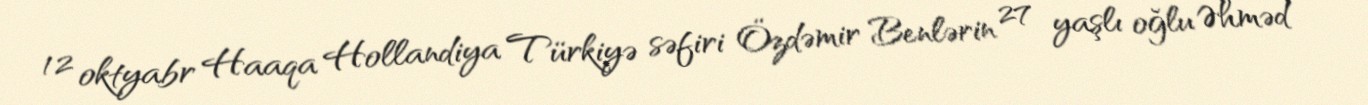
12 oktyabr Haaqa Hollandiya Türkiyə səfiri Özdəmir Benlərin 27 yaşlı oğlu Əhməd